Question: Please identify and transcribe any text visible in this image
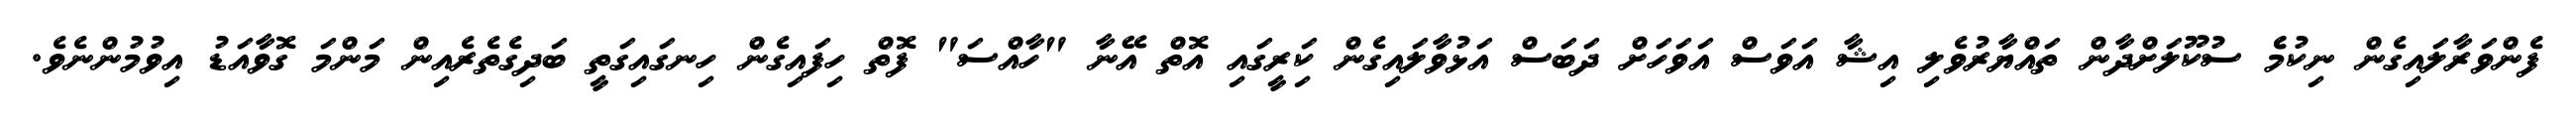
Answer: ފެންވަރާލައިގެން ނިކުމެެ ސުކޫލަށްދާން ތައްޔާރުވެލި އިޝާ އަވަސް އަވަހަށް ދަބަސް އަޅުވާލައިގެން ކަިރީގައި އޮތް އޭނާ "ހާއްސަ" ފޮތް ހިފައިގެން ހިނގައިގަތީ ބަދިގެތެރެއިން މަންމަ ގޮވާއަޑު އިވުމުންނެވެ.